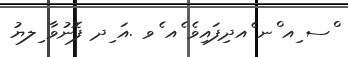
ްސ ިއ ްނ ެއދިފައިވެ ެއ ެވ .އަ ިދ ފޮނުވާ ިލޔު